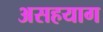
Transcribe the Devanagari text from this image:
असहयाग